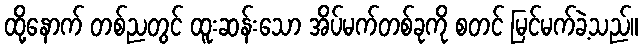
ထို့နောက် တစ်ညတွင် ထူးဆန်းသော အိပ်မက်တစ်ခုကို စတင် မြင်မက်ခဲ့သည်။